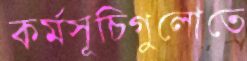
কর্মসূচিগুলোতে